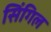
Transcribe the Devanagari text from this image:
सिंगिल